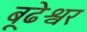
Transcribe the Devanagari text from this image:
बूढेश्वर